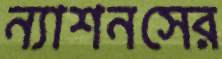
ন্যাশনসের